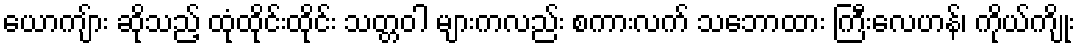
ယောကျ်ား ဆိုသည့် ထုံထိုင်းထိုင်း သတ္တဝါ များကလည်း စကားလက် သဘောထား ကြီးလေဟန်၊ ကိုယ်ကျိုး